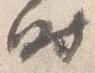
時